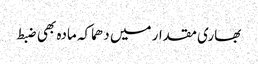
بھاری مقدار میں دھماکہ مادہ بھی ضبط